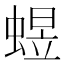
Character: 䗑